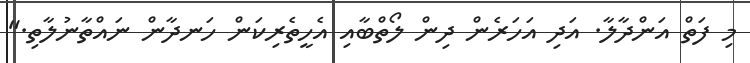
މި ފަތް އަންދާލާ. އަދި އަހަރެން ދިން ލޯތްބާއި އެހީތެރިކަން ހަނދާން ނައްތާނުލާތި."